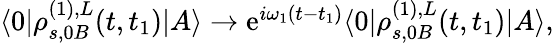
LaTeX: \begin{array}{r}{\langle 0|\rho_{s,0B}^{(1),L}(t,t_{1})|A\rangle\to\mathrm{e}^{i\omega_{1}(t-t_{1})}\langle 0|\rho_{s,0B}^{(1),L}(t,t_{1})|A\rangle,}\end{array}